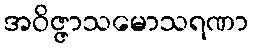
အဝိဇ္ဇာသမောသရဏာ